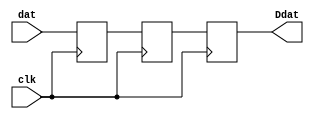
`timescale 1ns / 1ps
//////////////////////////////////////////////////////////////////////////////////
// Company: 
// Engineer: 
// 
// Design Name: 
// Module Name: Debounce
// Project Name: 
// Target Devices: 
// Tool Versions: 
// Description: 
// 
// Dependencies: 
// 
// Revision:
// Revision 0.01 - File Created
// Additional Comments:
// 
//////////////////////////////////////////////////////////////////////////////////


module Debounce(
    input clk,
    input dat,
    output reg Ddat

    );
    reg A = 0;
    reg B =0;
    
    always@(posedge clk)  begin
        A<= dat;
        B <= A;
        Ddat <= B;
    end
    
    
    
    
endmodule